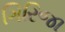
ગિરિજા